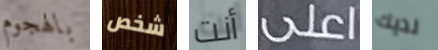
بالهجوم شخص أنت اعلى لديك